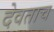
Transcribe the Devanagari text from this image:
देवताच